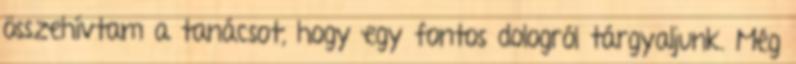
összehívtam a tanácsot, hogy egy fontos dologról tárgyaljunk. Még